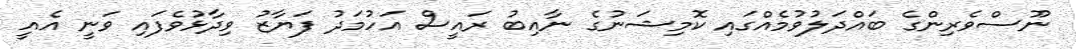
ނޫސްވެރިންގެ ބައްދަލުވުމެއްގައި ކޮމިޝަނުގެ ނާއިބު ރައީސް އަހުމަދު ފަޔާޒު ވިދާޅުވެފައި ވަނީ އެއީ